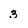
Character: 3